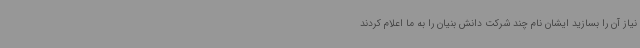
نیاز آن را بسازید ایشان نام چند شرکت دانش بنیان را به ما اعلام کردند